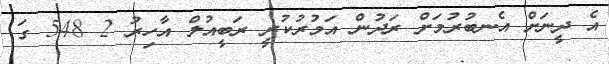
އެ ދީނަށް އެނބުރުމަށް ރަދުން އަމުރުކުރީ ރަބީއުލް އާހިރު 2 548 ގަ